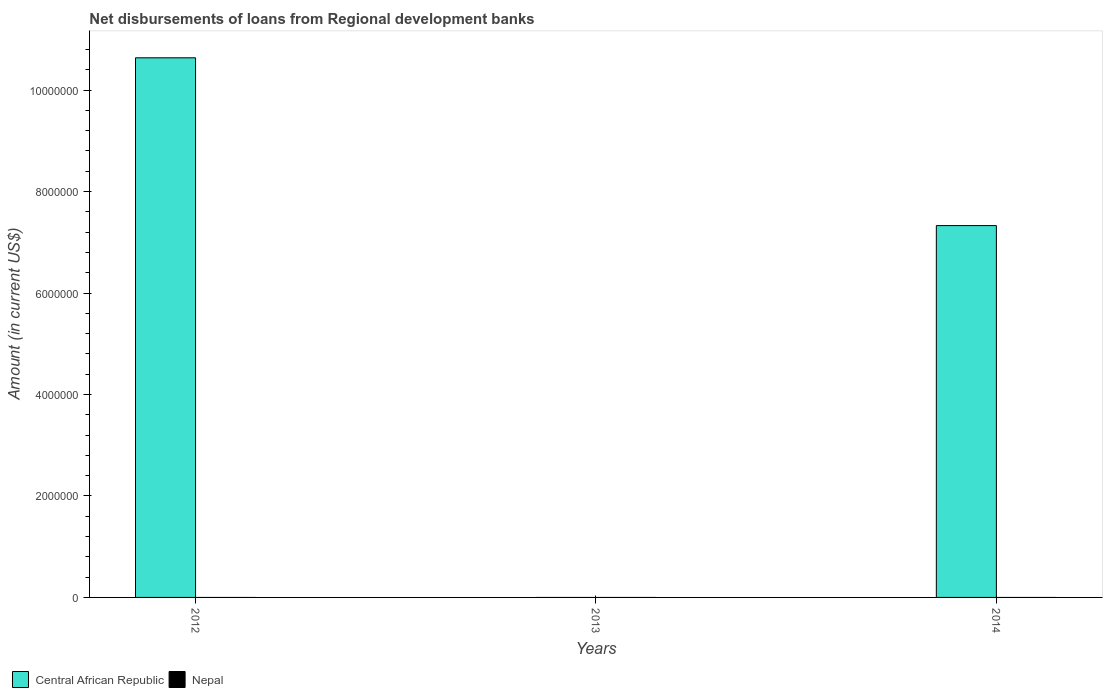
| Years | Central African Republic | Nepal |
 | --- | --- | --- |
 | 2012 | 1.06e+07 | -1.03e+07 |
 | 2013 | -2.27e+06 | -1.52e+07 |
 | 2014 | 7.33e+06 | -1.3e+07 |